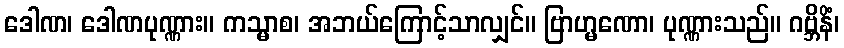
ဒေါဏ၊ ဒေါဏပုဏ္ဏား။ ကသ္မာစ၊ အဘယ်ကြောင့်သာလျှင်။ ဗြာဟ္မဏော၊ ပုဏ္ဏားသည်။ ဂဗ္ဘိနိံ၊